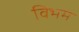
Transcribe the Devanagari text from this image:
विभम